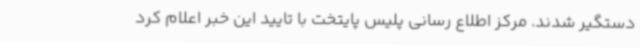
دستگیر شدند. مرکز اطلاع رسانی پلیس پایتخت با تایید این خبر اعلام کرد